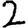
Digit: 2